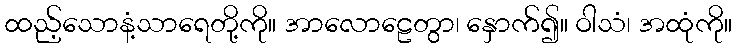
ထည့်သောနံ့သာရေတို့ကို။ အာလောဠေတွာ၊ နှောက်၍။ ဝါသံ၊ အထုံကို။